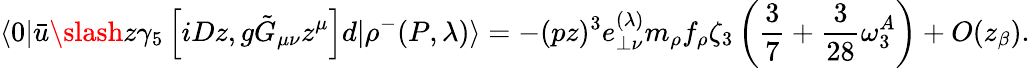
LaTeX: \langle 0|\bar{u}\slash{z}\gamma_{5}\left[iDz,g\tilde{G}_{\mu\nu}z^{\mu}\right]d|\rho^{-}(P,\lambda)\rangle=-(pz)^{3}e_{\perp\nu}^{(\lambda)}m_{\rho}f_{\rho}\zeta_{3}\left(\frac{3}{7}+\frac{3}{28}\omega_{3}^{A}\right)+O(z_{\beta}).